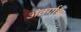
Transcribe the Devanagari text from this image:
अंतर्गाभा